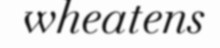
wheatens